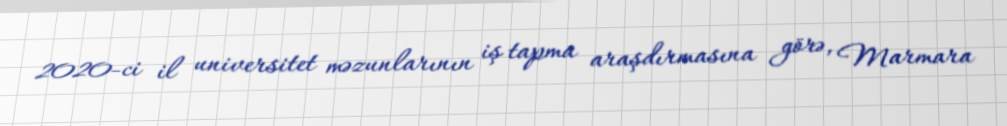
2020-ci il universitet məzunlarının iş tapma araşdırmasına görə, Marmara